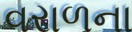
વરાળના